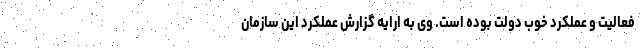
فعالیت و عملکرد خوب دولت بوده است. وی به ارایه گزارش عملکرد این سازمان